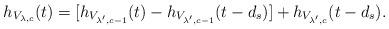
LaTeX: \begin{align*}h_{V_{\lambda,c}} (t) = [ h_{V_{\lambda',c-1}}(t) - h_{V_{\lambda',c-1}}(t-d_s) ] + h_{V_{\lambda',c}} (t- d_s).\end{align*}